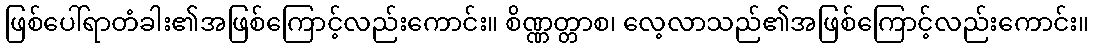
ဖြစ်ပေါ်ရာတံခါး၏အဖြစ်ကြောင့်လည်းကောင်း။ စိဏ္ဏတ္တာစ၊ လေ့လာသည်၏အဖြစ်ကြောင့်လည်းကောင်း။